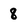
Character: 8